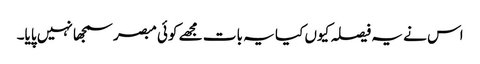
اس نے یہ فیصلہ کیوں کیا یہ بات مجھے کوئی مبصر سمجھا نہیں پایا۔